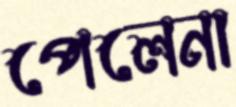
পেলেনা